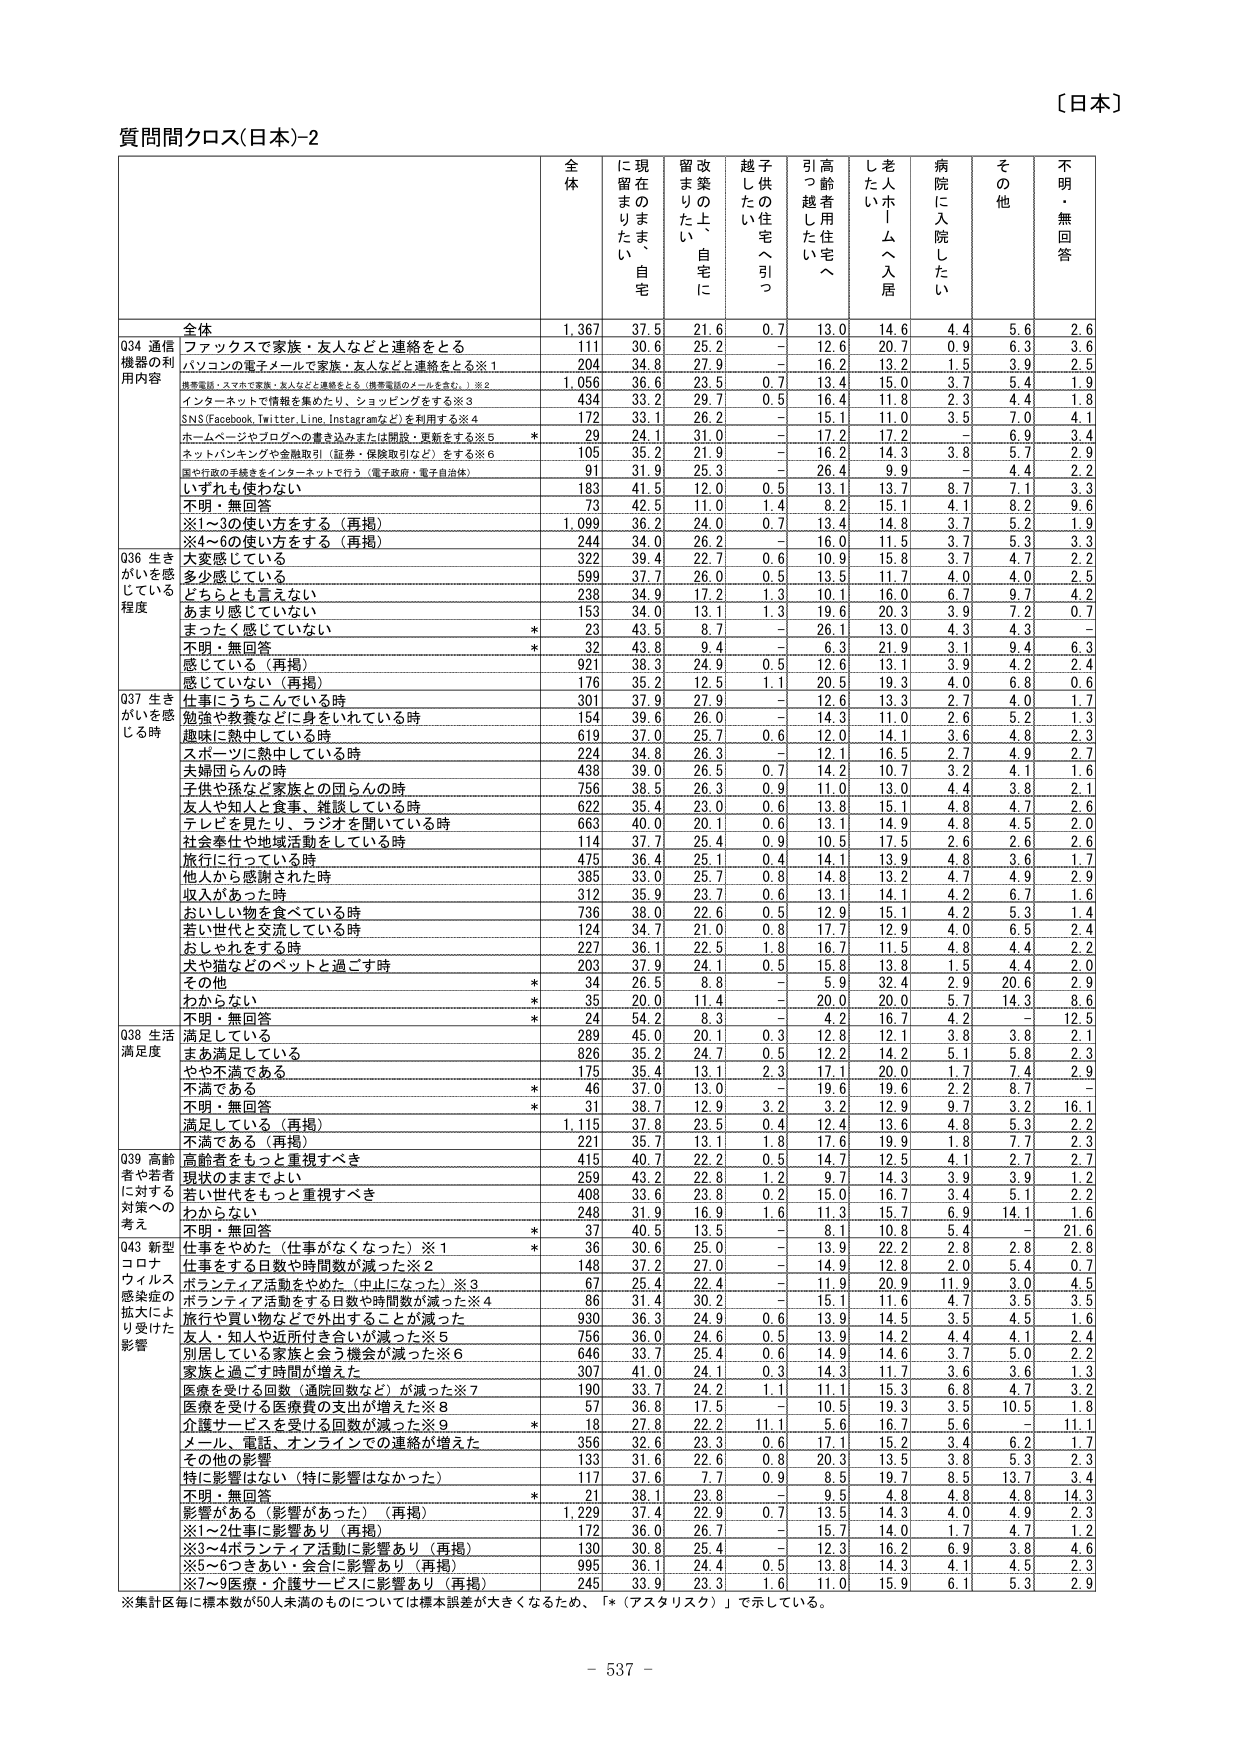
〔日本〕

質問間クロス(日本)-2

全体
現在のまま、自宅に留まりたい
改築の上、自宅に留まりたい
子供の住宅へ引っ越したい
高齢者用住宅へ引っ越したい
老人ホームへ入居したい
病院に入院したい
その他
不明・無回答

全体
1,367
37.5
21.6
0.7
13.0
14.6
4.4
5.6
2.6

Q34 通信機器の利用内容
ファックスで家族・友人などと連絡をとる
111
30.6
25.2
－
12.6
20.7
0.9
6.3
3.6
パソコンの電子メールで家族・友人などと連絡をとる※1
204
34.8
27.9
－
16.2
13.2
1.5
3.9
2.5
携帯電話・スマホで家族・友人などと連絡をとる（携帯電話のメールを含む。）※2
1,056
36.6
29.5
0.7
13.4
15.0
3.7
5.4
1.9
インターネットで情報を集めたり、ショッピングをする※3
434
33.2
29.7
0.5
16.4
11.8
2.3
4.4
1.8
SNS(Facebook, Twitter, Line, Instagramなど)を利用する※4
172
33.1
26.2
－
15.1
11.0
3.5
7.0
4.1
ホームページやブログへの書き込みまたは閲覧・更新をする※5
29
24.1
31.0
－
17.2
17.2
－
6.9
3.4
ネットバンキングや金融取引（証券・保険取引など）をする※6
105
35.2
21.9
－
16.2
14.3
3.8
5.7
2.9
国や行政の手続きをインターネットで行う（電子政府・電子自治体）
91
31.9
25.3
－
26.4
9.9
－
4.4
2.2
いずれも使わない
183
41.5
12.0
0.5
13.1
13.7
8.7
7.1
3.3
不明・無回答
73
42.5
11.0
1.4
8.2
15.1
4.1
8.2
9.6
※1～3の使い方をする（再掲）
1,099
36.2
24.0
0.7
13.4
14.8
3.7
5.2
1.9
※4～6の使い方をする（再掲）
244
34.0
26.2
－
16.0
11.5
3.7
5.3
3.3

Q36 生きがいを感じている程度
大変感じている
322
39.4
22.7
0.6
10.9
15.8
3.7
4.7
2.2
多少感じている
599
37.7
26.0
0.5
13.5
11.7
4.0
4.0
2.5
どちらとも言えない
238
34.9
17.2
1.3
10.1
16.0
6.7
9.7
4.2
あまり感じていない
153
34.0
13.1
1.3
19.6
20.3
3.9
7.2
0.7
まったく感じていない
*
23
43.5
8.7
－
26.1
13.0
4.3
4.3
－
不明・無回答
*
32
43.8
9.4
－
6.3
21.9
3.1
9.4
6.3
感じている（再掲）
921
38.3
24.9
0.5
12.6
13.1
3.9
4.2
2.4
感じていない（再掲）
176
35.2
12.5
1.1
20.5
19.3
4.0
6.8
0.6

Q37 生きがいを感じる時
仕事にうちこんでいる時
301
37.9
27.9
－
12.6
13.3
2.7
4.0
1.7
勉強や教養などに身をいれている時
154
39.6
26.0
－
14.3
11.0
2.6
5.2
1.3
趣味に熱中している時
619
37.0
25.7
0.6
12.0
14.1
3.6
4.8
2.3
スポーツに熱中している時
224
34.8
26.3
－
12.1
16.5
2.7
4.9
2.7
夫婦同らんの時
438
39.0
26.5
0.7
14.2
10.7
3.2
4.1
1.6
子供や孫など家族との団らんの時
756
38.5
26.3
0.9
11.0
13.0
4.4
3.8
2.1
友人や知人と食事、雑談している時
622
35.4
23.0
0.6
13.8
15.1
4.8
4.7
2.6
テレビを見たり、ラジオを聞いている時
663
40.0
20.1
0.6
13.1
14.9
4.8
4.5
2.0
社会奉仕や地域活動をしている時
114
37.7
25.4
0.9
10.5
17.5
2.6
2.6
2.6
旅行に行っている時
475
36.4
25.1
0.4
14.1
13.9
4.8
3.6
1.7
他人から感謝された時
385
33.0
25.7
0.8
14.8
13.2
4.7
4.9
2.9
収入があった時
312
35.9
23.7
0.6
13.1
14.1
4.2
6.7
1.6
おいしい物を食べている時
736
38.0
22.6
0.5
12.9
15.1
4.2
5.3
1.4
若い世代と交流している時
124
34.7
21.0
0.8
17.7
12.9
4.0
6.5
2.4
おしゃれをする時
227
36.1
22.5
1.8
16.7
11.5
4.8
4.4
2.2
犬や猫などのペットと過ごす時
203
37.9
24.1
0.5
15.8
13.8
1.5
4.4
2.0
その他
*
34
26.5
8.8
－
5.9
32.4
2.9
20.6
2.9
わからない
*
35
20.0
11.4
－
20.0
20.0
5.7
14.3
8.6
不明・無回答
*
24
54.2
8.3
－
4.2
16.7
4.2
－
12.5

Q38 生活満足度
満足している
289
45.0
20.1
0.3
12.8
12.1
3.8
3.8
2.1
まあ満足している
826
35.2
24.7
0.5
12.2
14.2
5.1
5.8
2.3
やや不満である
175
35.4
13.1
2.3
17.1
20.0
1.7
7.4
2.9
不満である
*
46
37.0
13.0
－
19.6
19.6
2.2
8.7
－
不明・無回答
*
31
38.7
12.9
3.2
3.2
12.9
9.7
3.2
16.1
満足している（再掲）
1,115
37.8
23.5
0.4
12.4
13.6
4.8
5.3
2.2
不満である（再掲）
221
35.7
13.1
1.8
17.6
19.9
1.8
7.7
2.3

Q39 高齢者や若者に対する対策への考え
高齢者をもっと重視すべき
415
40.7
22.2
0.5
14.7
12.5
4.1
2.7
2.7
現状のままでよい
259
43.2
22.8
1.2
9.7
14.3
3.9
3.9
1.2
若い世代をもっと重視すべき
408
33.6
23.8
0.2
15.0
16.7
3.4
5.1
2.2
わからない
248
31.9
16.9
1.6
11.3
15.7
6.9
14.1
1.6
不明・無回答
*
37
40.5
13.5
－
8.1
10.8
5.4
－
21.6

Q43 新型コロナウイルス感染症の拡大により受けた影響
仕事をやめた（仕事がなくなった）※1
*
36
30.6
25.0
－
13.9
22.2
2.8
2.8
2.8
仕事をする日数や時間数が減った※2
148
37.2
27.0
－
14.9
12.8
2.0
5.4
0.7
ボランティア活動をやめた（中止になった）※3
67
25.4
22.4
－
11.9
20.9
11.9
3.0
4.5
ボランティア活動をする日数や時間数が減った※4
86
31.4
30.2
－
15.1
11.6
4.7
3.5
3.5
旅行や買い物などで外出することが減った
930
36.3
24.9
0.6
13.9
14.5
3.5
4.5
1.6
友人・知人や近所付き合いが減った※5
756
36.0
24.6
0.5
13.9
14.2
4.4
4.1
2.4
別居している家族と会う機会が減った※6
646
33.7
25.4
0.6
14.9
14.6
3.7
5.0
2.2
家族と過ごす時間が増えた
307
41.0
24.1
0.3
14.3
11.7
3.6
3.6
1.3
医療を受けた回数（通院回数など）が減った※7
190
33.7
24.2
1.1
11.1
15.3
6.8
4.7
3.2
医療を受けた医療費の支出が増えた※8
57
36.8
17.5
－
10.5
19.3
3.5
10.5
1.8
介護サービスを受けた回数が減った※9
*
18
27.8
22.2
11.1
5.6
16.7
5.6
－
11.1
メール、電話、オンラインでの連絡が増えた
356
32.6
23.3
0.6
17.1
15.2
3.4
6.2
1.7
その他の影響
133
31.6
22.6
0.8
20.3
13.5
3.8
5.3
2.3
特に影響はない（特に影響はなかった）
117
37.6
7.7
0.9
8.5
19.7
8.5
13.7
3.4
不明・無回答
*
21
38.1
23.8
－
9.5
4.8
4.8
4.8
14.3
影響がある（影響があった）（再掲）
1,229
37.4
22.9
0.7
13.5
14.3
4.0
4.9
2.3
※1～2仕事に影響あり（再掲）
172
36.0
26.7
－
15.7
14.0
1.7
4.7
1.2
※3～4ボランティア活動に影響あり（再掲）
130
30.8
25.4
－
12.3
16.2
6.9
3.8
4.6
※5～7つきあい・会合に影響あり（再掲）
995
36.1
24.4
0.5
13.8
14.3
4.1
4.5
2.3
※7～9医療・介護サービスに影響あり（再掲）
245
33.9
23.3
1.6
11.0
15.9
6.1
5.3
2.9

※集計区毎に標本数が50人未満のものについては標本誤差が大きくなるため、「*（アスタリスク）」で示している。

－ 537 －